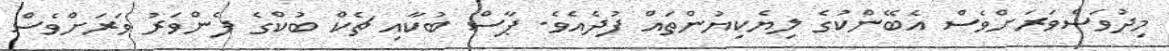
މިދުވަސްވަރަށްވެސް އެބޭންކުގެ ލިޔެކިޔުންތައް ފުދެއެވެ. ޕާސް ބުކާއި ޗެކް ބުކްގެ ފެންވަރު ވަރަށްވެސް